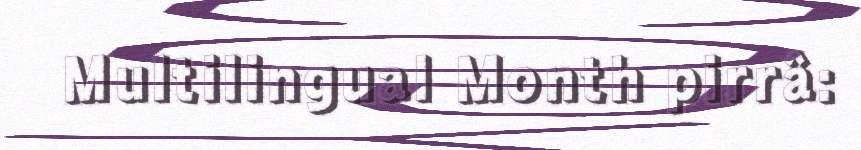
Multilingual Month pirrâ: